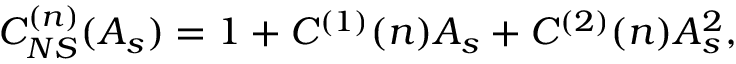
C _ { N S } ^ { ( n ) } ( A _ { s } ) = 1 + C ^ { ( 1 ) } ( n ) A _ { s } + C ^ { ( 2 ) } ( n ) A _ { s } ^ { 2 } ,